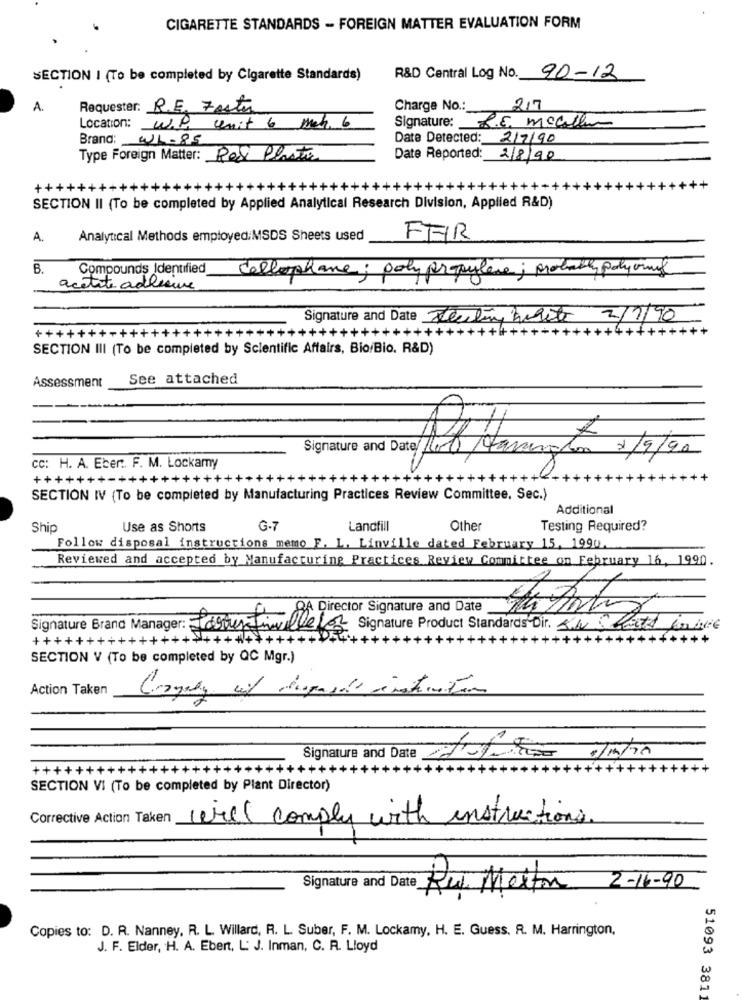
CIGARETTE STANDARDS - FOREIGN MATTER EVALUATION FORM
R&D Central Log No. 90-12
SECTION I (To be completed by Cigarette Standards)
A.
Requester: R.E. Foster
Charge No .:_
2,7
Signature: R.E. macallum
Location: W.P. unit 6 meter. 6
Brand: W1.85
Date Detected: 2/7/90
Type Foreign Matter: Red Plate
Date Reported:
2/8/90
++++-
+++++++++++++++++++++++
SECTION II (To be completed by Applied Analytical Research Division, Applied R&D)
A.
Analytical Methods employed:MSDS Sheets used
FEIR
B.
Compounds Identified cellophane; polypropylène ; probably polyvinyl
acetite adleeure
Signature and Date Teuting hilite 2/1/90
++
+++++++++
++4++++
+++++++++++++++++++++
SECTION III (To be completed by Scientific Affairs, Bio/Bio. R&D)
See attached
Assessment
16 Harington 3/9/20
cc: H. A. Eber :. F. M. Lockamy
+++++
+++++++
+++++++++++++
+++
SECTION IV (To be completed by Manufacturing Practices Review Committee, Sec.)
Additional
Ship
Use as Shorts
G-7
Landfill
Other
Testing Required?
Follow disposal instructions memo F. L. Linville dated February 15, 1990.
Reviewed and accepted by Manufacturing Practices Review Committee on February 16, 1990.
8A Director Signature and Date
Signature Brand Manager : Larouxfin ite
Signature Product Standards-Dir. NLatt Live
+++++++++++++++++++++++++
SECTION V (To be completed by QC Mgr.)
Action Taken
Signature and Date
++++++++++++++++++++++++
++++++
+++
SECTION VI (To be completed by Plant Director)
Corrective Action Taken will comply with instructions.
Signature an
2-16-90
Rui Merton
Copies to: D. R. Nanney, R. L. Willard, R. L. Suber, F. M. Lockamy, H. E. Guess. R. M. Harrington,
J. F. Elder, H. A. Ebert, L' J. Inman, C. R. Lloyd
51093 3811